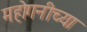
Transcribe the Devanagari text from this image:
महोगनीच्या